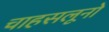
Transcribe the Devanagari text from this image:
चाहसलूनो